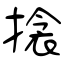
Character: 搇